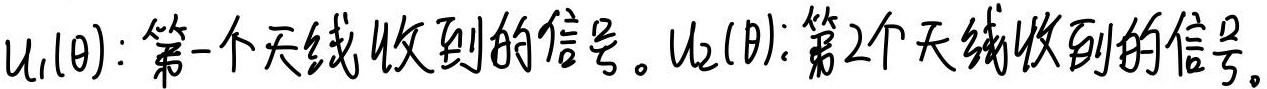
\(u_{1}(\theta)\)：第一个天线收到的信号。\(u_{2}(\theta)\)：第2个天线收到的信号。